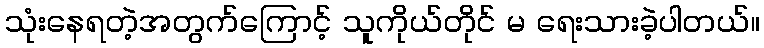
သုံးနေရတဲ့အတွက်ကြောင့် သူကိုယ်တိုင် မ ရေးသားခဲ့ပါတယ်။